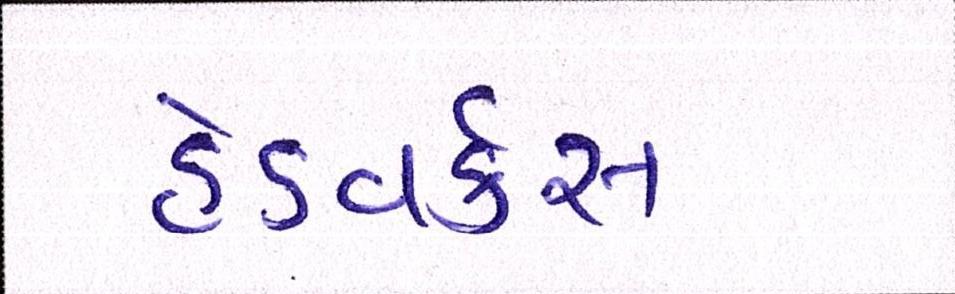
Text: હેડવર્કસ